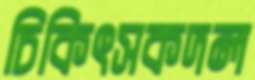
চিকিৎসকদল